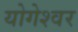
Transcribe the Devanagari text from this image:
योगेश्‍वर